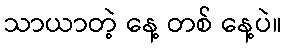
သာယာတဲ့ နေ့ တစ် နေ့ပဲ။